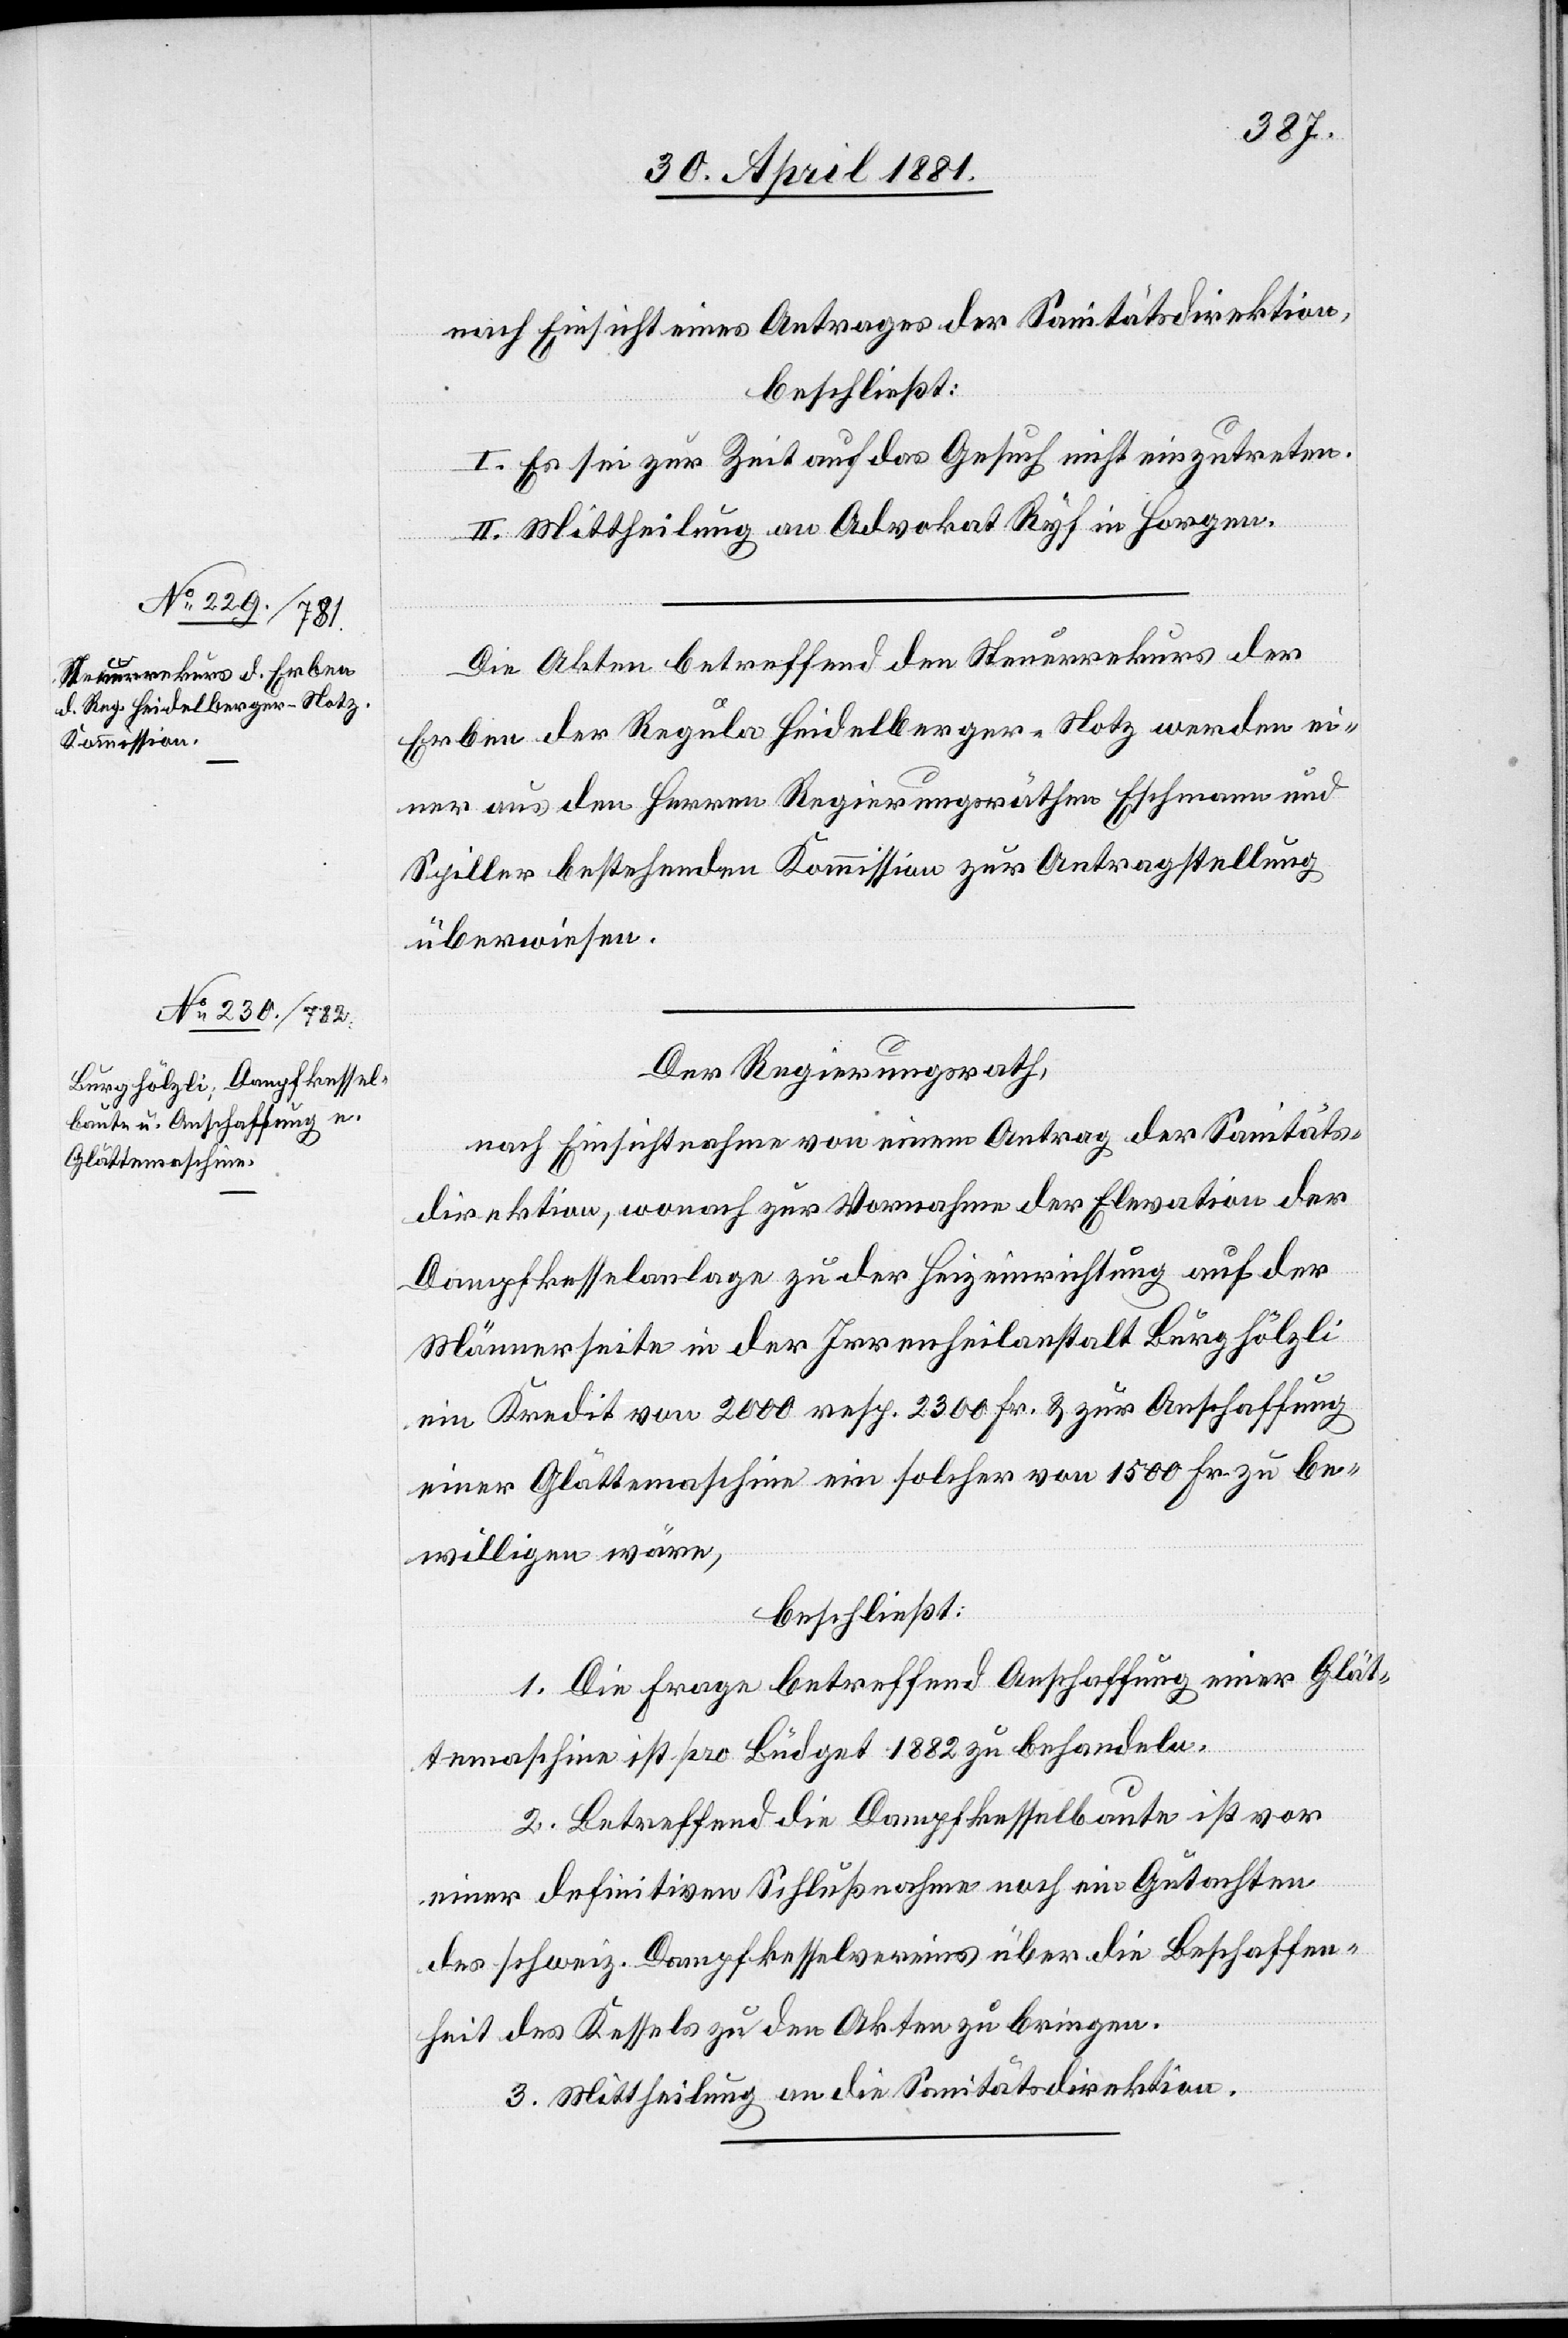
nach Einsicht eines Antrages der Sanitätsdirektion,
beschließt:
I. Es sei zur Zeit auf das Gesuch nicht einzutreten.
II. Mittheilung an Advokat Ryf in Horgen.
Die Akten betreffend den Steuerrekurs der
Erben der Regula Heidelberger-Hotz werden ei¬
ner aus den Herren Regierungsrath Eschmann und
Spiller bestehenden Kommission zur Antragstellung
überwiesen.
Der Regierungsrath,
Dampfkesselanlage zu der Heizeinrichtung auf der
Männerseite in der Irrenheilanstalt Burghölzli
ein Kredit von 2000 resp. 2300 Fr. & zur Anschaffung
einer Glättemaschine ein solcher von 1500 Fr. zu be¬
willigen wäre,
beschließt:
1. Die Frage betreffend Anschaffung einer Glät¬
temaschine ist pro Büdget 1882 zu behandeln.
2. Betreffend die Dampfkesselbaute ist vor
einer definitiven Schlußnahme noch ein Gutachten
des schweiz. Dampfkesselvereins über die Beschaffen¬
heit des Kessels zu den Akten zu bringen.
3. Mittheilung an die Sanitätsdirektion.